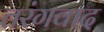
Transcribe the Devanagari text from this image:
तरंगवाद